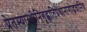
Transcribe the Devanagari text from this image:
प्रेतस्यास्थीनिगृह्णातिप्रधानांगोद्भवानिच